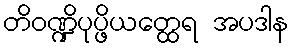
တိဝဏ္ဍိပုပ္ဖိယတ္ထေရ အပဒါန